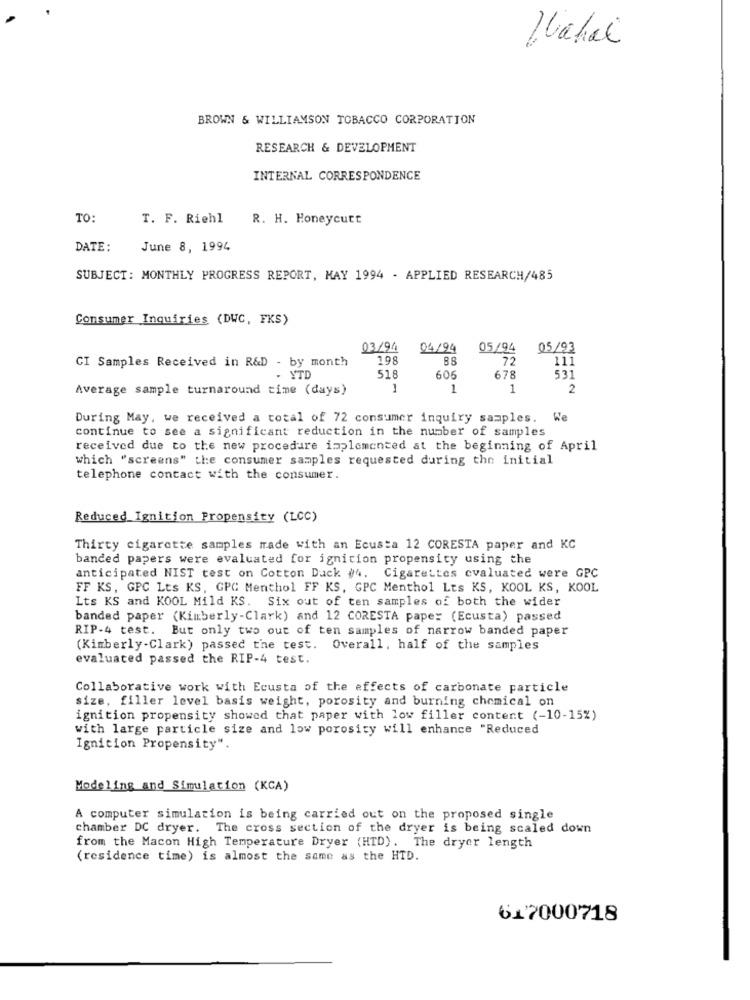
Nahai
BROWN & WILLIAMSON TOBACCO CORPORATION
RESEARCH & DEVELOPMENT
INTERNAL CORRESPONDENCE
TO:
T. F. Riehl R. H. Honeycutt
DATE:
June 8, 1994
SUBJECT: MONTHLY PROGRESS REPORT, MAY 1994 - APPLIED RESEARCH/485
Consumer Inquiries (DWC, FKS)
03/94
04/94
05/94
05/93
198
88
72
111
CI Samples Received in R&D - by month
YTD
518
606
678
531
Average sample turnaround time (days)
1
1
2
During May, we received a total of 72 consumer inquiry samples. We
continue to see a significant reduction in the number of samples
received due to the new procedure implemented at the beginning of April
which "screens" the consumer samples requested during the initial
telephone contact with the consumer.
Reduced Ignition Propensity (LCC)
Thirty cigarette samples made with an Ecusta 12 CORESTA paper and KC
banded papers were evaluated for ignition propensity using the
anticipated NIST test on Cotton Dack #4. Cigarettes evaluated were GPC
FF KS, GPC Lts KS, GPG Menthol FF KS, GPC Menthol Lts KS, KOOL KS, KOOL
Lts KS and KOOL Mild KS. Six out of ten samples of both the wider
banded paper (Kimberly-Clark) and 12 CORESTA paper (Ecusta) passed
RIP-4 test. But only two out of ten samples of narrow banded paper
(Kimberly-Clark) passed the test. Overall, half of the samples
evaluated passed the RIP-4 test.
Collaborative work with Ecusta of the effects of carbonate particle
size, filler level basis weight, porosity and burning chemical on
ignition propensity showed that paper with low filler content (-10-15%)
with large particle size and low porosity will enhance "Reduced
Ignition Propensity".
Modeling and Simulation (KCA)
A computer simulation is being carried out on the proposed single
chamber DC dryer. The cross section of the dryer is being scaled down
from the Macon High Temperature Dryer (HTD). The dryer length
(residence time) is almost the same as the HTD.
617000718